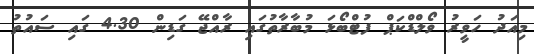
މިއަދު ހަވީރު ވޯލްޑްކަޕް ފުޓްބޯޅަ މުބާރާތުގައި ރާއްޖޭ ގަޑިން 4.30 ގައި ސައުތު